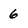
Character: 6